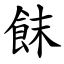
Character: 䬴